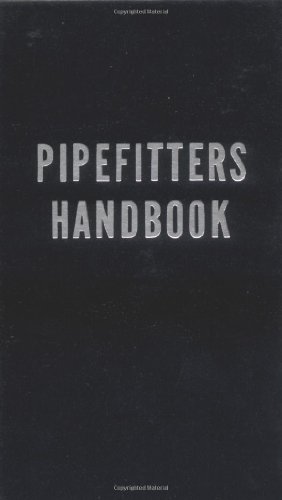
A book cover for Pipefitters Handbook; Forrest Lindsey; Engineering & Transportation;